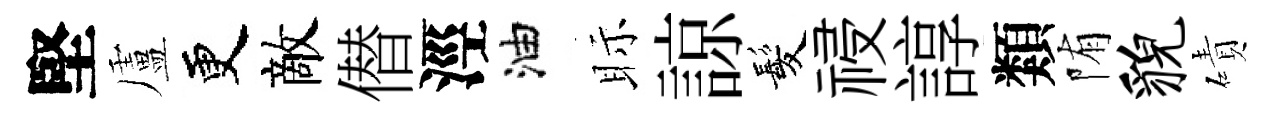
堅盧更敵僣涇油眎諒髪祲諄類陏貌磧